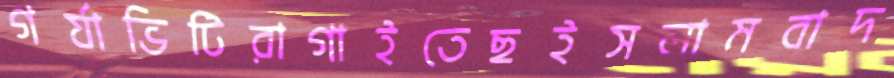
গর্যাভিটিরাগাইতেছইসলামবাদ